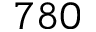
7 8 0